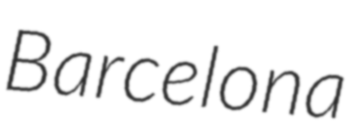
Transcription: Barcelona